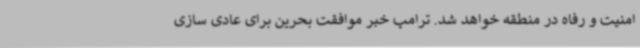
امنیت و رفاه در منطقه خواهد شد. ترامپ خبر موافقت بحرین برای عادی سازی